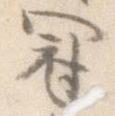
冠